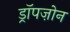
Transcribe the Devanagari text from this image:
ड्रॉपज़ोन